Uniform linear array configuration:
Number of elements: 8
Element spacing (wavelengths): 0.25
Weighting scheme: binomial
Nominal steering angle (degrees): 60
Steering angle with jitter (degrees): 61.834
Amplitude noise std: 0.05
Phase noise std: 0.05

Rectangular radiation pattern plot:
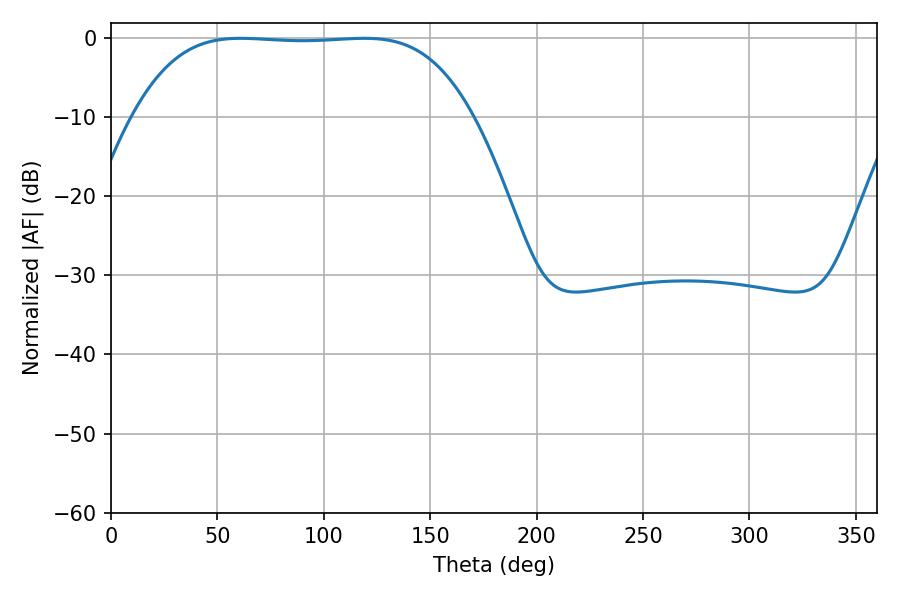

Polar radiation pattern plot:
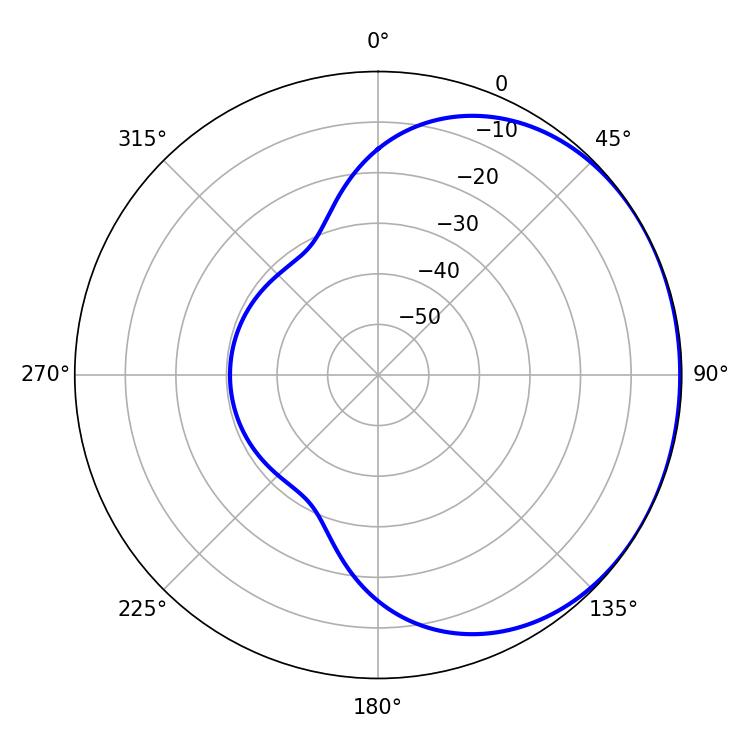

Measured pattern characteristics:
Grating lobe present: FALSE
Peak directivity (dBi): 0.7634
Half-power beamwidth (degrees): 122.76
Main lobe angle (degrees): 60.84